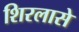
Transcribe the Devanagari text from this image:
शिरलासे